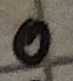
Text: 0